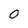
Character: 0